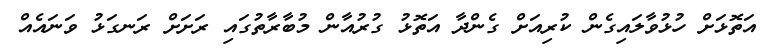
އަތޮޅަށް ހުޅުވާލައިގެން ކުރިއަށް ގެންދާ އަތޮޅު ގުރުއާން މުބާރާތުގައި ރަށަށް ރަނގަޅު ވަނައެއް